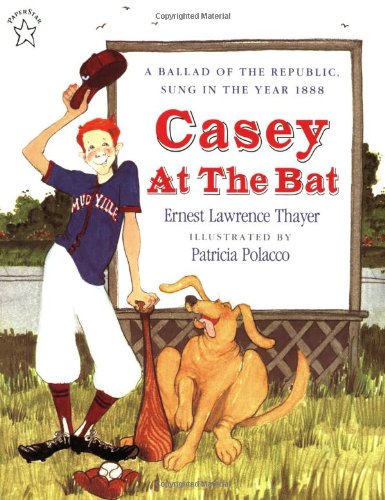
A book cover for Casey at the Bat; Ernest L. Thayer; Mystery, Thriller & Suspense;